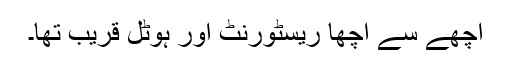
اچھے سے اچھا ریسٹورنٹ اور ہوٹل قریب تھا۔